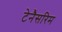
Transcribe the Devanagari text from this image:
टेनैसरिम